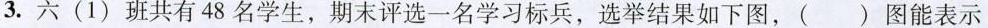
3.六(1)班共有48名学生，期末评选一名学习标兵，选举结果如下图，( )图能表示